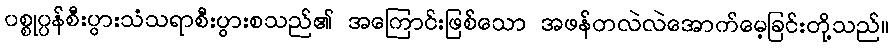
ပစ္စုပ္ပန်စီးပွားသံသရာစီးပွားစသည်၏ အကြောင်းဖြစ်သော အဖန်တလဲလဲအောက်မေ့ခြင်းတို့သည်။